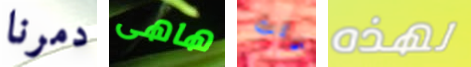
دمرنا هاهى قلت لهذه